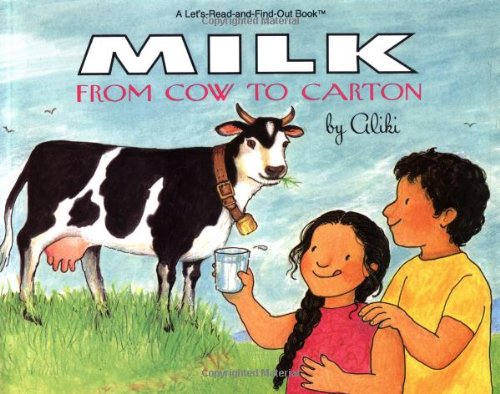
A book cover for Milk: From Cow to Carton (Let's-Read-and-Find-Out Book); Aliki; Children's Books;